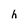
Character: h